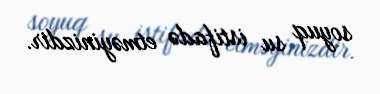
soyuq su istifadə etməyinizdir.